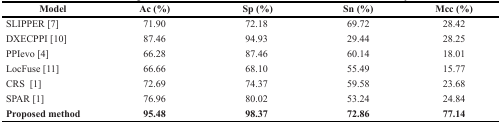
<table><thead><tr><td><b>Model</b></td><td><b>Ac (%)</b></td><td><b>Sp (%)</b></td><td><b>Sn (%)</b></td><td><b>Mcc (%)</b></td></tr></thead><tbody><tr><td>SLIPPER [7]</td><td>71.90</td><td>72.18</td><td>69.72</td><td>28.42</td></tr><tr><td>DXECPPI [10]</td><td>87.46</td><td>94.93</td><td>29.44</td><td>28.25</td></tr><tr><td>PPIevo [4]</td><td>66.28</td><td>87.46</td><td>60.14</td><td>18.01</td></tr><tr><td>LocFuse [11]</td><td>66.66</td><td>68.10</td><td>55.49</td><td>15.77</td></tr><tr><td>CRS [1]</td><td>72.69</td><td>74.37</td><td>59.58</td><td>23.68</td></tr><tr><td>SPAR [1]</td><td>76.96</td><td>80.02</td><td>53.24</td><td>24.84</td></tr><tr><td><b>Proposed method</b></td><td><b>95.48</b></td><td><b>98.37</b></td><td><b>72.86</b></td><td><b>77.14</b></td></tr></tbody></table>